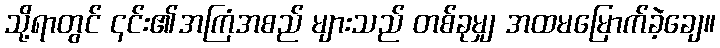
သို့ရာတွင် ၎င်း၏အကြံအစည် များသည် တစ်ခုမျှ အထမမြောက်ခဲ့ချေ။